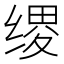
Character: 𫄯